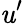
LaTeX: \mathit{u}^{\prime}